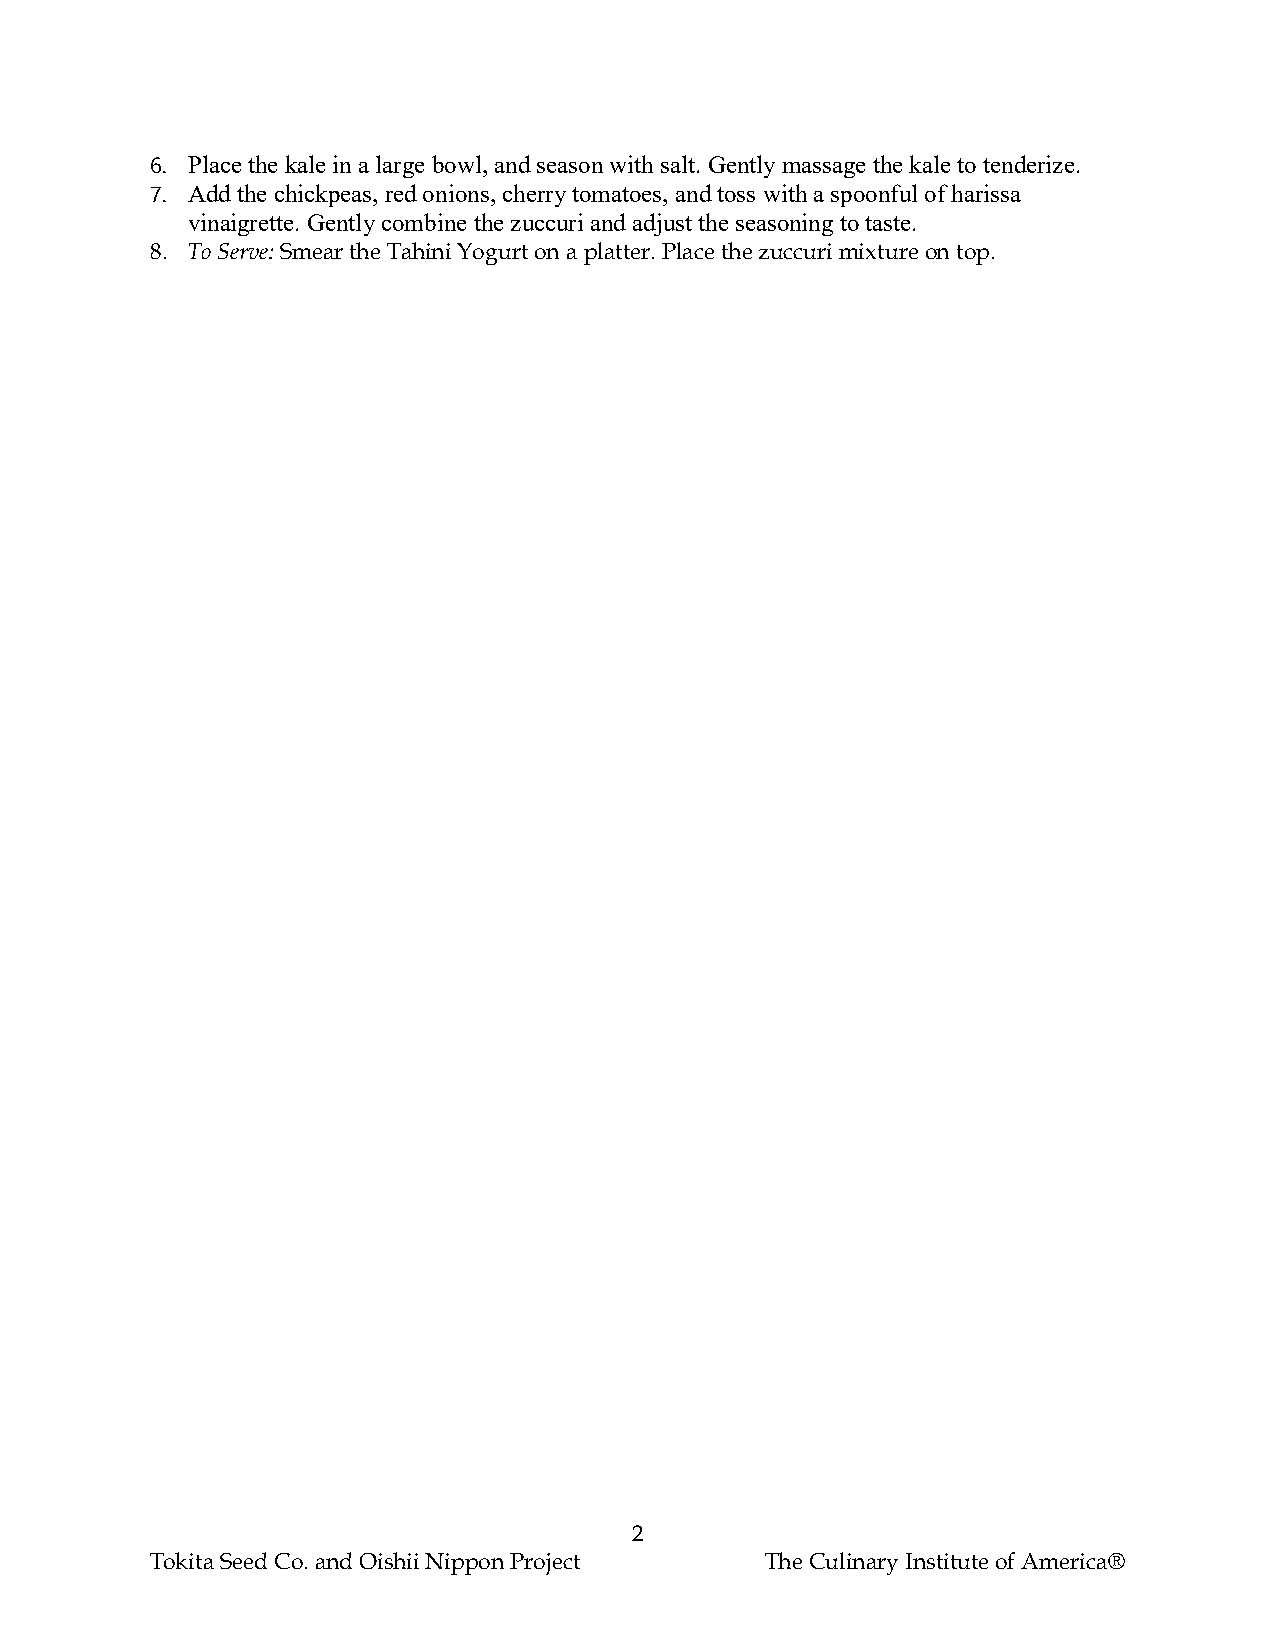
6. Place the kale in a large bowl, and season with salt. Gently massage the kale to tenderize.
 7. Add the chickpeas, red onions, cherry tomatoes, and toss with a spoonful of harissa
 vinaigrette. Gently combine the zuccuri and adjust the seasoning to taste.
 8. To Serve: Smear the Tahini Yogurt on a platter. Place the zuccuri mixture on top.
 2
 Tokita Seed Co. and Oishii Nippon Project The Culinary Institute of America®